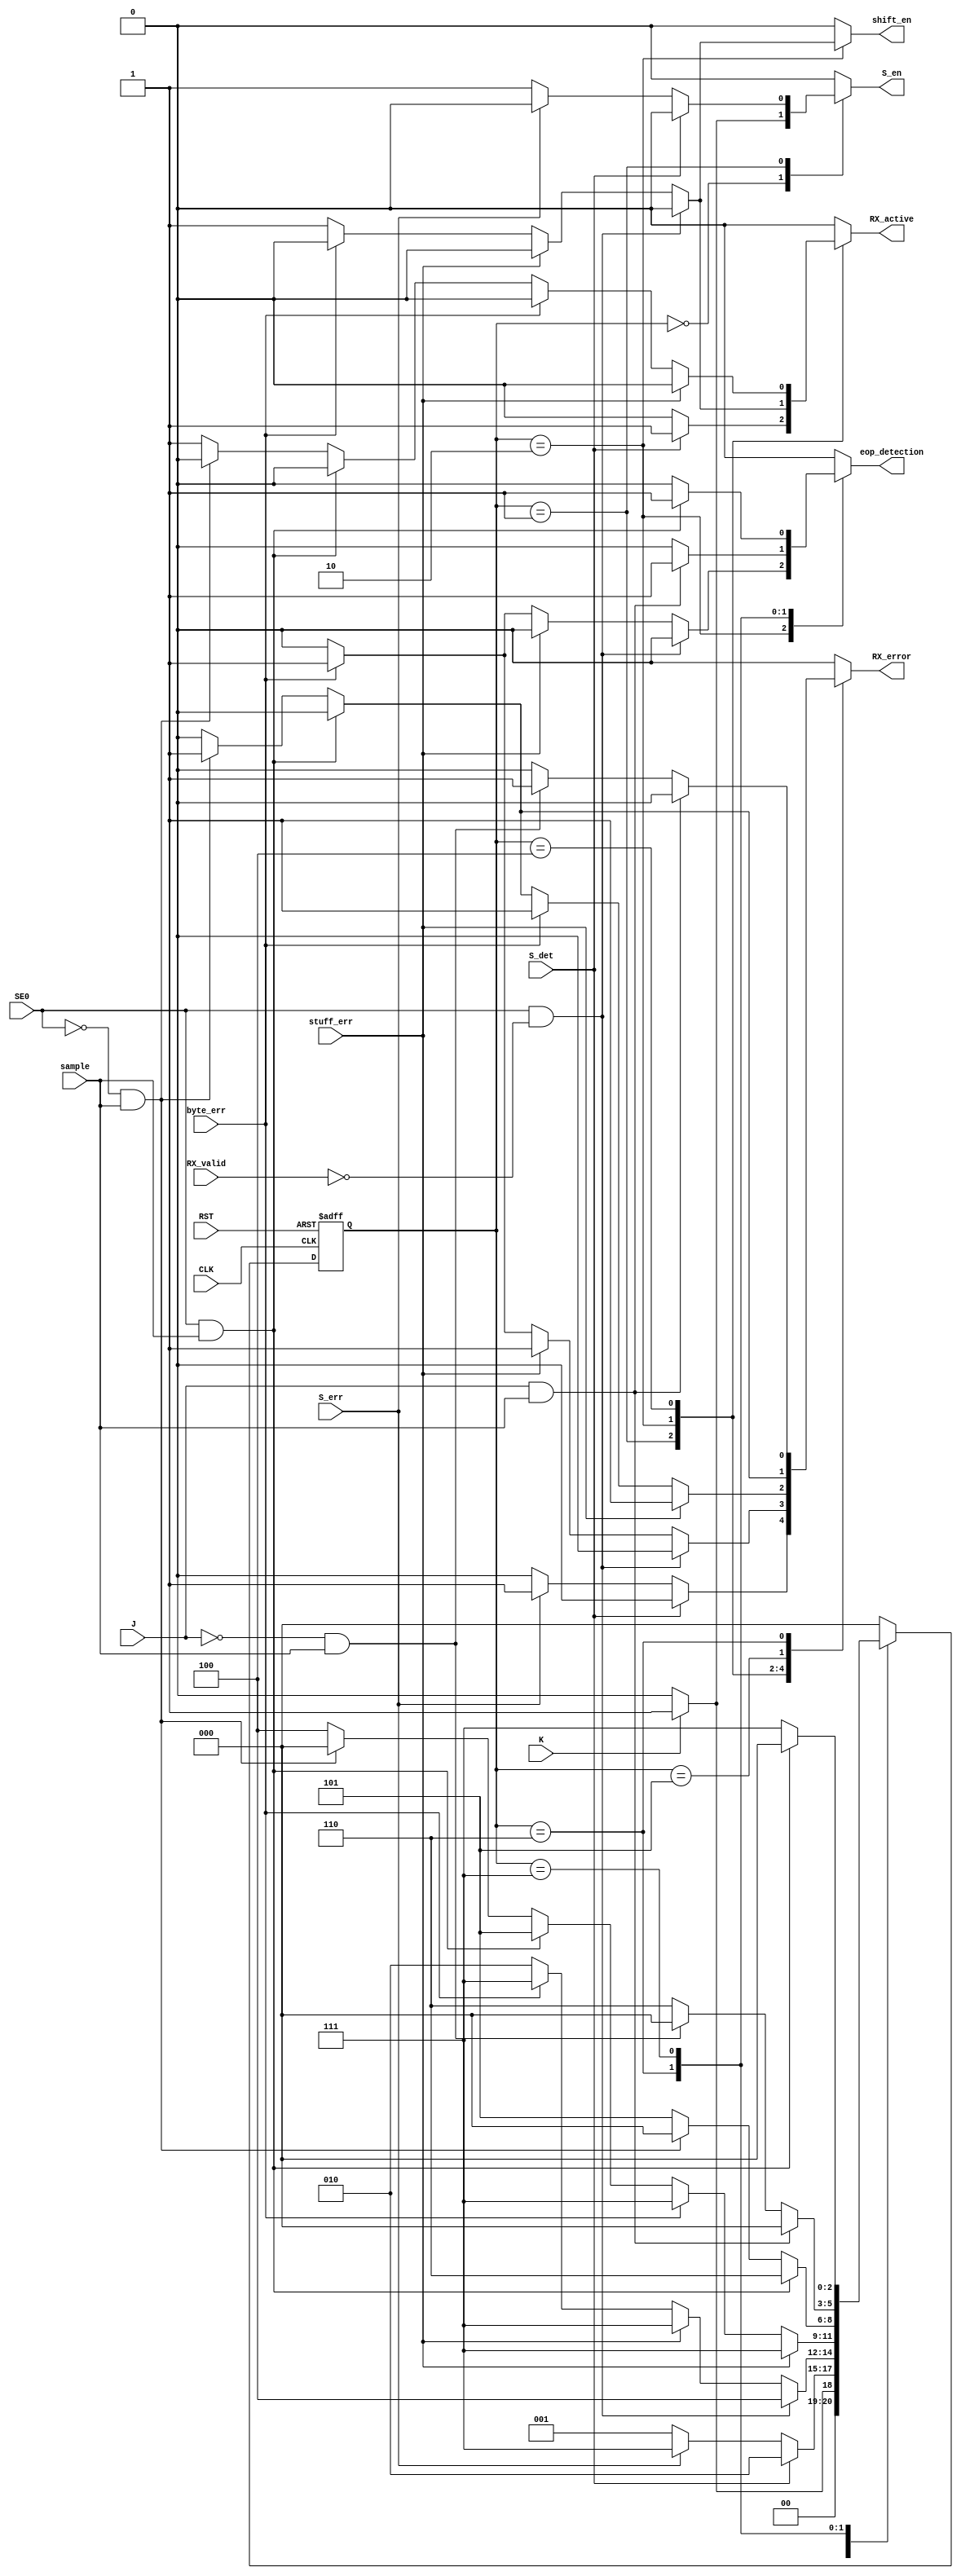
module FSM (
input		CLK, RST, sample,
input		J, K, SE0,
input		stuff_err, S_err, byte_err,//error signals
input		S_det, RX_valid,

output	reg	S_en, shift_en, 
output  reg	RX_active, RX_error, eop_detection//control signals
);

//states
localparam IDLE			= 3'b000;
localparam RX_SYNC		= 3'b001;
localparam RX_data		= 3'b010;
localparam RX_EOP0		= 3'b100;
localparam RX_EOP1		= 3'b101;
localparam RX_J			= 3'b110;
localparam RX_ERR		= 3'b111;

reg [2:0]	C_S, N_S;

//state transition
always@(posedge CLK or negedge RST) begin
if(!RST) begin
	C_S <= IDLE;
end
else begin
	C_S <= N_S;
end
end 

//next state logic & output logic
always@(*)begin 
case(C_S)
IDLE: begin//000
		S_en 		= 1'b0;
		eop_detection 	= 1'b0;
		shift_en 	= 1'b0;
		RX_active 	= 1'b0;
		RX_error 	= 1'b0;
	if(K)begin
		N_S 		= RX_SYNC;
		eop_detection 	= 1'b0;
		S_en 		= 1'b1;
		shift_en 	= 1'b0;
		RX_active 	= 1'b0;
		RX_error 	= 1'b0;
	end
	else begin
		N_S 		= IDLE;
		eop_detection 	= 1'b0;
		S_en 		= 1'b0;
		shift_en 	= 1'b0;
		RX_active 	= 1'b0;
		RX_error 	= 1'b0;
	end
end

RX_SYNC: begin//SYNC detection state
	if(S_det)begin
		N_S 		= RX_data;
		eop_detection 	= 1'b0;
		S_en 		= 1'b0;
		RX_active 	= 1'b1;
		shift_en 	= 1'b0;
		RX_error 	= 1'b0;
	end
	else if(S_err)begin
		N_S 		= RX_ERR;
		eop_detection 	= 1'b0;
		S_en 		= 1'b0;
		RX_error 	= 1'b1;
		shift_en 	= 1'b0;
		RX_active 	= 1'b0;
	end
	else begin
		N_S 		= RX_SYNC;
		eop_detection 	= 1'b0;
		S_en 		= 1'b1;
		shift_en 	= 1'b0;
		RX_active 	= 1'b0;
		RX_error 	= 1'b0;
	end
end

RX_data: begin//Data decoding, deserialization and unstuffing
		shift_en 	= 1'b1;
	if(SE0 && RX_valid)begin
		N_S 		= RX_EOP0;
		eop_detection 	= 1'b0;
		shift_en 	= 1'b0;
		S_en 		= 1'b0;
		RX_active 	= 1'b1;
		RX_error 	= 1'b0;
	end
	if(SE0 && !RX_valid)begin
		N_S 		= RX_EOP0;
		eop_detection 	= 1'b0;
		shift_en 	= 1'b0;
		S_en 		= 1'b0;
		RX_active 	= 1'b0;
		RX_error 	= 1'b0;
	end
	else if(stuff_err) begin
		N_S = 		RX_ERR;
		eop_detection 	= 1'b0;
		S_en 		= 1'b0;
		RX_error 	= 1'b1;
		shift_en 	= 1'b0;
		RX_active 	= 1'b0;
	end
	else if(byte_err) begin
		N_S = 		RX_ERR;
		eop_detection 	= 1'b1;
		S_en 		= 1'b0;
		RX_error 	= 1'b1;
		shift_en 	= 1'b0;
		RX_active 	= 1'b0;
	end
	else begin
		N_S = RX_data;
		shift_en 	= 1'b1;
		eop_detection 	= 1'b0;
		S_en 		= 1'b0;
		RX_active 	= 1'b1;
		RX_error 	= 1'b0;
	end
end

RX_EOP0: begin//first SE0 deteciton
		RX_active 	= 1'b0;
	if(stuff_err) begin
		N_S = 		RX_ERR;
		eop_detection 	= 1'b0;
		S_en 		= 1'b0;
		RX_error 	= 1'b1;
		shift_en 	= 1'b0;
		RX_active 	= 1'b0;
	end
	else if(byte_err) begin
		N_S = RX_ERR;
		eop_detection 	= 1'b0;
		S_en 		= 1'b0;
		RX_error 	= 1'b1;
		shift_en 	= 1'b0;
		RX_active 	= 1'b0;
	end
	else if(SE0 && sample)begin
		N_S = RX_EOP1;
		eop_detection 	= 1'b0;
		S_en 		= 1'b0;
		RX_error 	= 1'b0;
		shift_en 	= 1'b0;
		RX_active 	= 1'b0;
	end
	else if(!SE0 && sample)begin
		N_S = IDLE;
		eop_detection 	= 1'b0;
		S_en 		= 1'b0;
		RX_error 	= 1'b1;
		shift_en 	= 1'b0;
		RX_active 	= 1'b0;
	end
	else begin
		N_S = RX_EOP0;
		eop_detection 	= 1'b0;
		shift_en 	= 1'b0;
		S_en 		= 1'b0;
		RX_active 	= 1'b1;
		RX_error 	= 1'b0;
	end
end

RX_EOP1: begin//second SE0 deteciton
	if(SE0 && sample)begin
		N_S = RX_J;
		eop_detection 	= 1'b0;
		S_en 		= 1'b0;
		RX_error 	= 1'b0;
		shift_en 	= 1'b0;
		RX_active 	= 1'b0;
	end
	else if(!SE0 && sample)begin
		N_S = IDLE;
		eop_detection 	= 1'b0;
		S_en 		= 1'b0;
		RX_error 	= 1'b1;
		shift_en 	= 1'b0;
		RX_active 	= 1'b0;
	end
	else begin
		N_S = RX_EOP1;
		eop_detection 	= 1'b0;
		S_en 		= 1'b0;
		RX_error 	= 1'b0;
		shift_en 	= 1'b0;
		RX_active 	= 1'b0;
	end
end

RX_J: begin//J deteciton
	if(J && sample)begin
		N_S = IDLE;
		eop_detection 	= 1'b1;
		S_en 		= 1'b0;
		RX_error 	= 1'b0;
		shift_en 	= 1'b0;
		RX_active 	= 1'b0;
	end
	else if(!J && sample)begin
		N_S = IDLE;
		eop_detection 	= 1'b0;
		S_en 		= 1'b0;
		RX_error 	= 1'b1;
		shift_en 	= 1'b0;
		RX_active 	= 1'b0;
	end
	else begin
		N_S = RX_J;
		eop_detection 	= 1'b0;
		S_en 		= 1'b0;
		RX_error 	= 1'b0;
		shift_en 	= 1'b0;
		RX_active 	= 1'b0;
	end
end

RX_ERR: begin//new packet wait
	RX_error 	= 1'b0;
	if(SE0 && sample) begin
		N_S = IDLE;
		S_en 		= 1'b0;
		RX_error 	= 1'b0;
		shift_en 	= 1'b0;
		RX_active 	= 1'b0;
		eop_detection 	=1'b1;
	end
	else begin
		N_S = RX_ERR;
		S_en 		= 1'b0;
		RX_error 	= 1'b0;
		shift_en 	= 1'b0;
		RX_active 	= 1'b0;
		eop_detection 	=1'b0;
	end
end

default: begin//J deteciton
	N_S = IDLE;
	S_en 		= 1'b0;
	shift_en 	= 1'b0;
	RX_active 	= 1'b0;
	RX_error 	= 1'b0;
	eop_detection 	= 1'b0;
end

endcase
end

endmodule //Control FSM